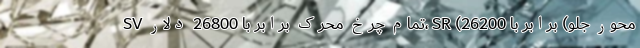
SV تمام چرخ محرک برابر با 26800 دلار، SR (محور جلو) برابر با 26200